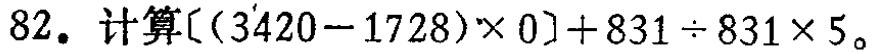
\[ [(3420 - 1728)\times0]+831\div831\times5 \]